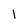
Character: 1